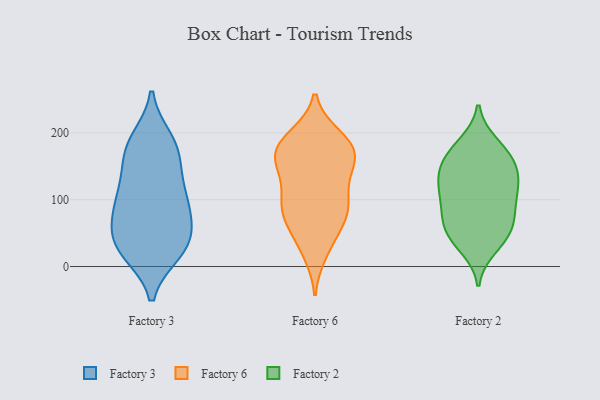
{"axis": {"x": "Churn Rate (%)", "y": "Value"}, "legend": ["Factory 2", "Factory 3", "Factory 6"], "data": [{"x": "", "y": 81, "type": "Factory 3"}, {"x": "", "y": 57, "type": "Factory 3"}, {"x": "", "y": 189, "type": "Factory 3"}, {"x": "", "y": 24, "type": "Factory 3"}, {"x": "", "y": 32, "type": "Factory 3"}, {"x": "", "y": 103, "type": "Factory 3"}, {"x": "", "y": 38, "type": "Factory 3"}, {"x": "", "y": 171, "type": "Factory 3"}, {"x": "", "y": 88, "type": "Factory 3"}, {"x": "", "y": 88, "type": "Factory 3"}, {"x": "", "y": 135, "type": "Factory 3"}, {"x": "", "y": 171, "type": "Factory 3"}, {"x": "", "y": 32, "type": "Factory 3"}, {"x": "", "y": 120, "type": "Factory 3"}, {"x": "", "y": 22, "type": "Factory 3"}, {"x": "", "y": 182, "type": "Factory 3"}, {"x": "", "y": 155, "type": "Factory 6"}, {"x": "", "y": 94, "type": "Factory 6"}, {"x": "", "y": 146, "type": "Factory 6"}, {"x": "", "y": 170, "type": "Factory 6"}, {"x": "", "y": 31, "type": "Factory 6"}, {"x": "", "y": 177, "type": "Factory 6"}, {"x": "", "y": 161, "type": "Factory 6"}, {"x": "", "y": 181, "type": "Factory 6"}, {"x": "", "y": 194, "type": "Factory 6"}, {"x": "", "y": 122, "type": "Factory 6"}, {"x": "", "y": 68, "type": "Factory 6"}, {"x": "", "y": 146, "type": "Factory 6"}, {"x": "", "y": 184, "type": "Factory 6"}, {"x": "", "y": 80, "type": "Factory 6"}, {"x": "", "y": 60, "type": "Factory 6"}, {"x": "", "y": 83, "type": "Factory 6"}, {"x": "", "y": 101, "type": "Factory 6"}, {"x": "", "y": 21, "type": "Factory 6"}, {"x": "", "y": 92, "type": "Factory 6"}, {"x": "", "y": 187, "type": "Factory 6"}, {"x": "", "y": 100, "type": "Factory 2"}, {"x": "", "y": 39, "type": "Factory 2"}, {"x": "", "y": 44, "type": "Factory 2"}, {"x": "", "y": 71, "type": "Factory 2"}, {"x": "", "y": 127, "type": "Factory 2"}, {"x": "", "y": 54, "type": "Factory 2"}, {"x": "", "y": 61, "type": "Factory 2"}, {"x": "", "y": 163, "type": "Factory 2"}, {"x": "", "y": 112, "type": "Factory 2"}, {"x": "", "y": 28, "type": "Factory 2"}, {"x": "", "y": 163, "type": "Factory 2"}, {"x": "", "y": 141, "type": "Factory 2"}, {"x": "", "y": 89, "type": "Factory 2"}, {"x": "", "y": 184, "type": "Factory 2"}, {"x": "", "y": 142, "type": "Factory 2"}, {"x": "", "y": 73, "type": "Factory 2"}, {"x": "", "y": 124, "type": "Factory 2"}, {"x": "", "y": 109, "type": "Factory 2"}, {"x": "", "y": 181, "type": "Factory 2"}, {"x": "", "y": 153, "type": "Factory 2"}]}